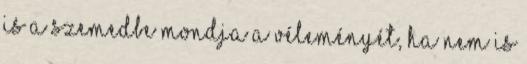
is a szemedbe mondja a véleményét, ha nem is